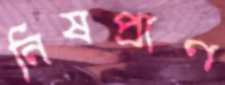
নিষপ্রাণ